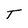
Character: T